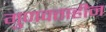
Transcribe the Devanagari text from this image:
गुणवत्ताहीन